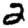
Digit: 2